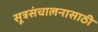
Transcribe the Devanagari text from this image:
सूत्रसंचालनासाठी